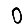
Digit: 0